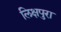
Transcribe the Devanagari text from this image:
लिक्षपुरा